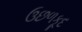
ઉછળકૂદ